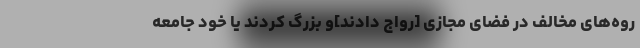
روه‌های مخالف در فضای مجازی [رواج دادند]و بزرگ کردند یا خود جامعه